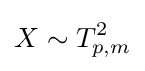
X\sim T_{p,m}^{2}